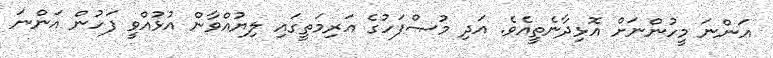
އަންނަ މީހުންނަށް އޮޅިދާނެތީއެވެ. އަދި މުޞްފަހުގެ އަރިމަތީގައި ލިޔުއްވާން އުޅުއްވީ ފަހުން އަންނަ